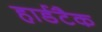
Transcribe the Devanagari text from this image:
हार्डटैक